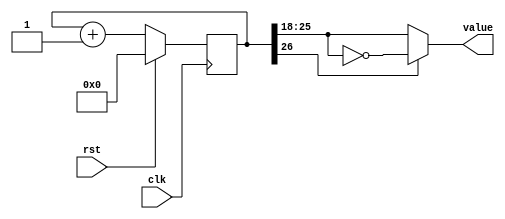
`timescale 1ns / 1ps
//////////////////////////////////////////////////////////////////////////////////
// Company: 
// Engineer: 
// 
// Design Name: 
// Module Name:    counter 
// Project Name: 
// Target Devices: 
// Tool versions: 
// Description: 
//
// Dependencies: 
//
// Revision: 
// Revision 0.01 - File Created
// Additional Comments: 
//
//////////////////////////////////////////////////////////////////////////////////
module counter #(parameter CTR_LEN = 27)(
    input clk,
    input rst,
    output reg [7:0] value
  );
   
  reg[CTR_LEN-1:0] ctr_d, ctr_q;
   
  always @(ctr_q) begin
    ctr_d = ctr_q + 1'b1;
     
    if (ctr_q[CTR_LEN-1])
      value = ~ctr_q[CTR_LEN-2:CTR_LEN-9];
    else
      value = ctr_q[CTR_LEN-2:CTR_LEN-9];
     
  end
   
  always @(posedge clk) begin
   if (rst) begin
      ctr_q <= 1'b0;
    end else begin
      ctr_q <= ctr_d;
    end
  end
   
endmodule